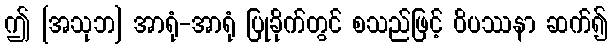
ဤ [အသုဘ] အာရုံ-အာရုံ ပြုခိုက်တွင် စသည်ဖြင့် ဝိပဿနာ ဆက်၍